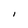
Character: I